Scientific memoirs by medical officers of the Army of India - Part V,
Year: 1890
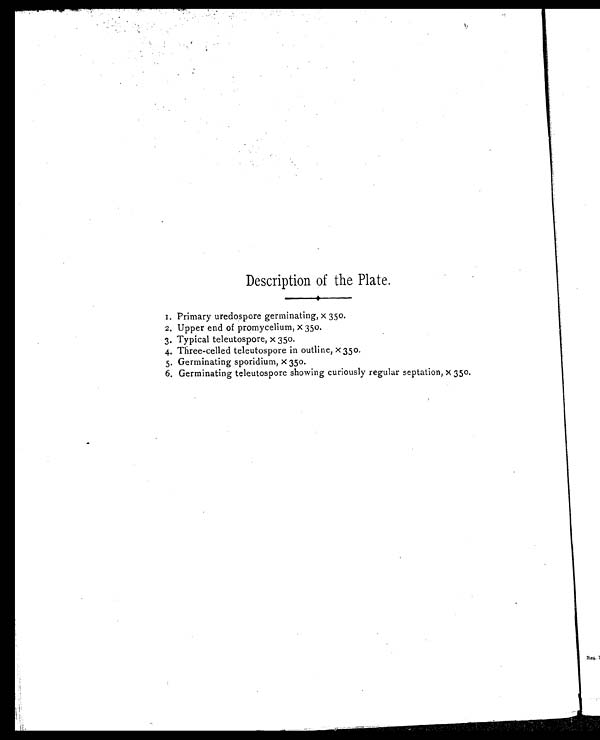
Description of the Plate.
1. Primary uredospore germinating, x 350.
2. Upper end of promycelium, x 350.
3. Typical teleutospore, x 350.
4. Three-celled teleutospore in outline, x 350.
5. Germinating sporidium, x 350.
6. Germinating teleutospore showing curiously regular septation, x 350.